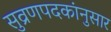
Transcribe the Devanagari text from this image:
सुव्रणपदकांनुसार